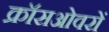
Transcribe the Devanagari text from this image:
क्रॉसओवरों